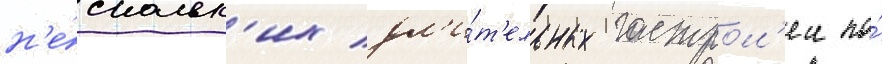
н'е́скольк'их дл'и́т'ельных гастрол'еи по́